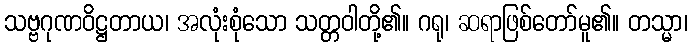
သဗ္ဗဂုဏဝိဋ္ဌတာယ၊ အလုံးစုံသော သတ္တဝါတို့၏။ ဂရု၊ ဆရာဖြစ်တော်မူ၏။ တသ္မာ၊